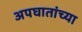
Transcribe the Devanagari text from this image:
अपघातांच्या